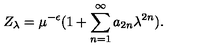
Z _ { \lambda } = \mu ^ { - \epsilon } ( 1 + \sum _ { n = 1 } ^ { \infty } a _ { 2 n } \lambda ^ { 2 n } ) .